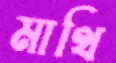
মাথি